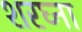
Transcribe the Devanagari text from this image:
शरघ्ना